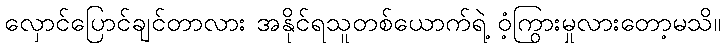
လှောင်ပြောင်ချင်တာလား အနိုင်ရသူတစ်ယောက်ရဲ့ ဝံ့ကြွားမှုလားတော့မသိ။